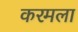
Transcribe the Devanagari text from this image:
करमला